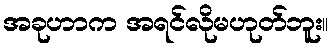
အခုဟာက အရင်လိုမဟုတ်ဘူး။